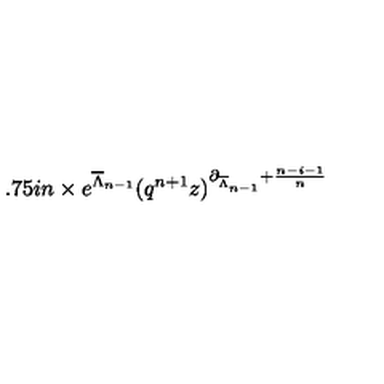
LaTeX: \hspace { 1 . 7 5 i n } \times e ^ { \overline { { \Lambda } } _ { n - 1 } } ( q ^ { n + 1 } z ) ^ { \partial _ { \overline { { \Lambda } } _ { n - 1 } } + \frac { n - i - 1 } { n } }